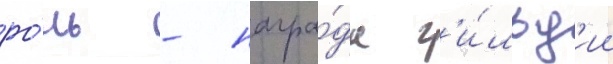
ро́ль - награ́да г'и́льд'ии